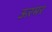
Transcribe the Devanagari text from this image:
ऊरमर